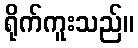
ရိုက်ကူးသည်။